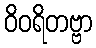
ဝိဝရိတဗ္ဗာ